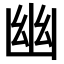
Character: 幽